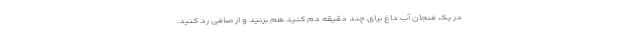
در یک فنجان آب داغ برای چند دقیقه دم کنید هم بزنید و از صافی رد کنید.